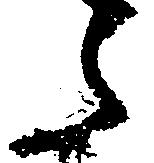
た